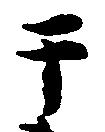
于